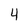
Character: 4